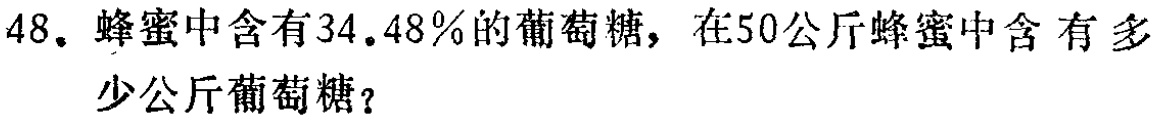
48. 蜂蜜中含有34.48%的葡萄糖，在50公斤蜂蜜中含有多少公斤葡萄糖？